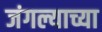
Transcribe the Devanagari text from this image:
जंगल्याच्या